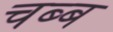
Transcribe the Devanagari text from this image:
चब्ब